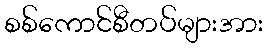
စစ်ကောင်စီတပ်များအား